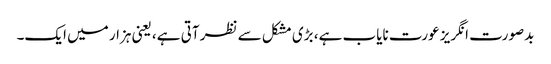
بدصورت انگریز عورت نایاب ہے، بڑی مشکل سے نظر آتی ہے، یعنی ہزار میں ایک۔